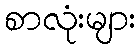
စာလုံးများ